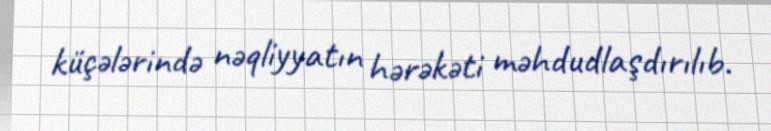
küçələrində nəqliyyatın hərəkəti məhdudlaşdırılıb.